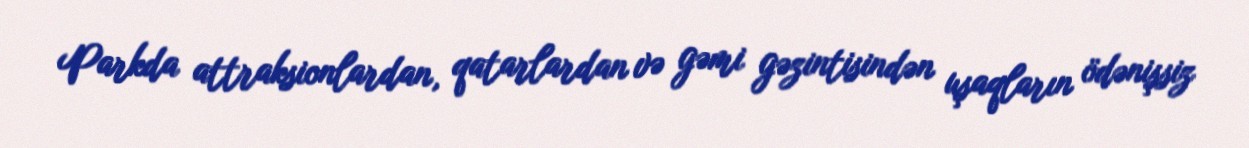
Parkda attraksionlardan, qatarlardan və gəmi gəzintisindən uşaqların ödənişsiz